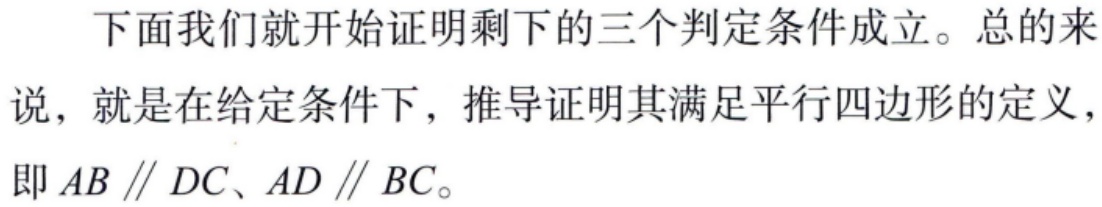
下面我们就开始证明剩下的三个判定条件成立。总的来说，就是在给定条件下，推导证明其满足平行四边形的定义，即 \(AB \parallel DC、AD \parallel BC\)。